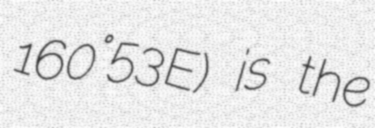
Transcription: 160°53′E) is the